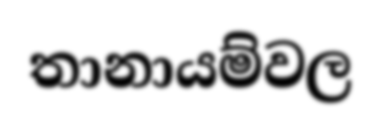
තානායම්වල